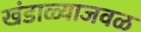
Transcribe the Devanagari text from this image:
खंडाळ्याजवळ